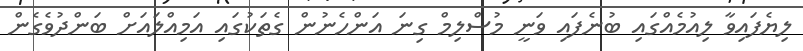
ލިޔެފައިވާ ލިއުމެއްގައި ބުނެފައި ވަނީ މުސްލިމް ގިނަ އަންހެނުން ގެތަކުގައި އަމިއްލައަށް ބަންދުވެގެން